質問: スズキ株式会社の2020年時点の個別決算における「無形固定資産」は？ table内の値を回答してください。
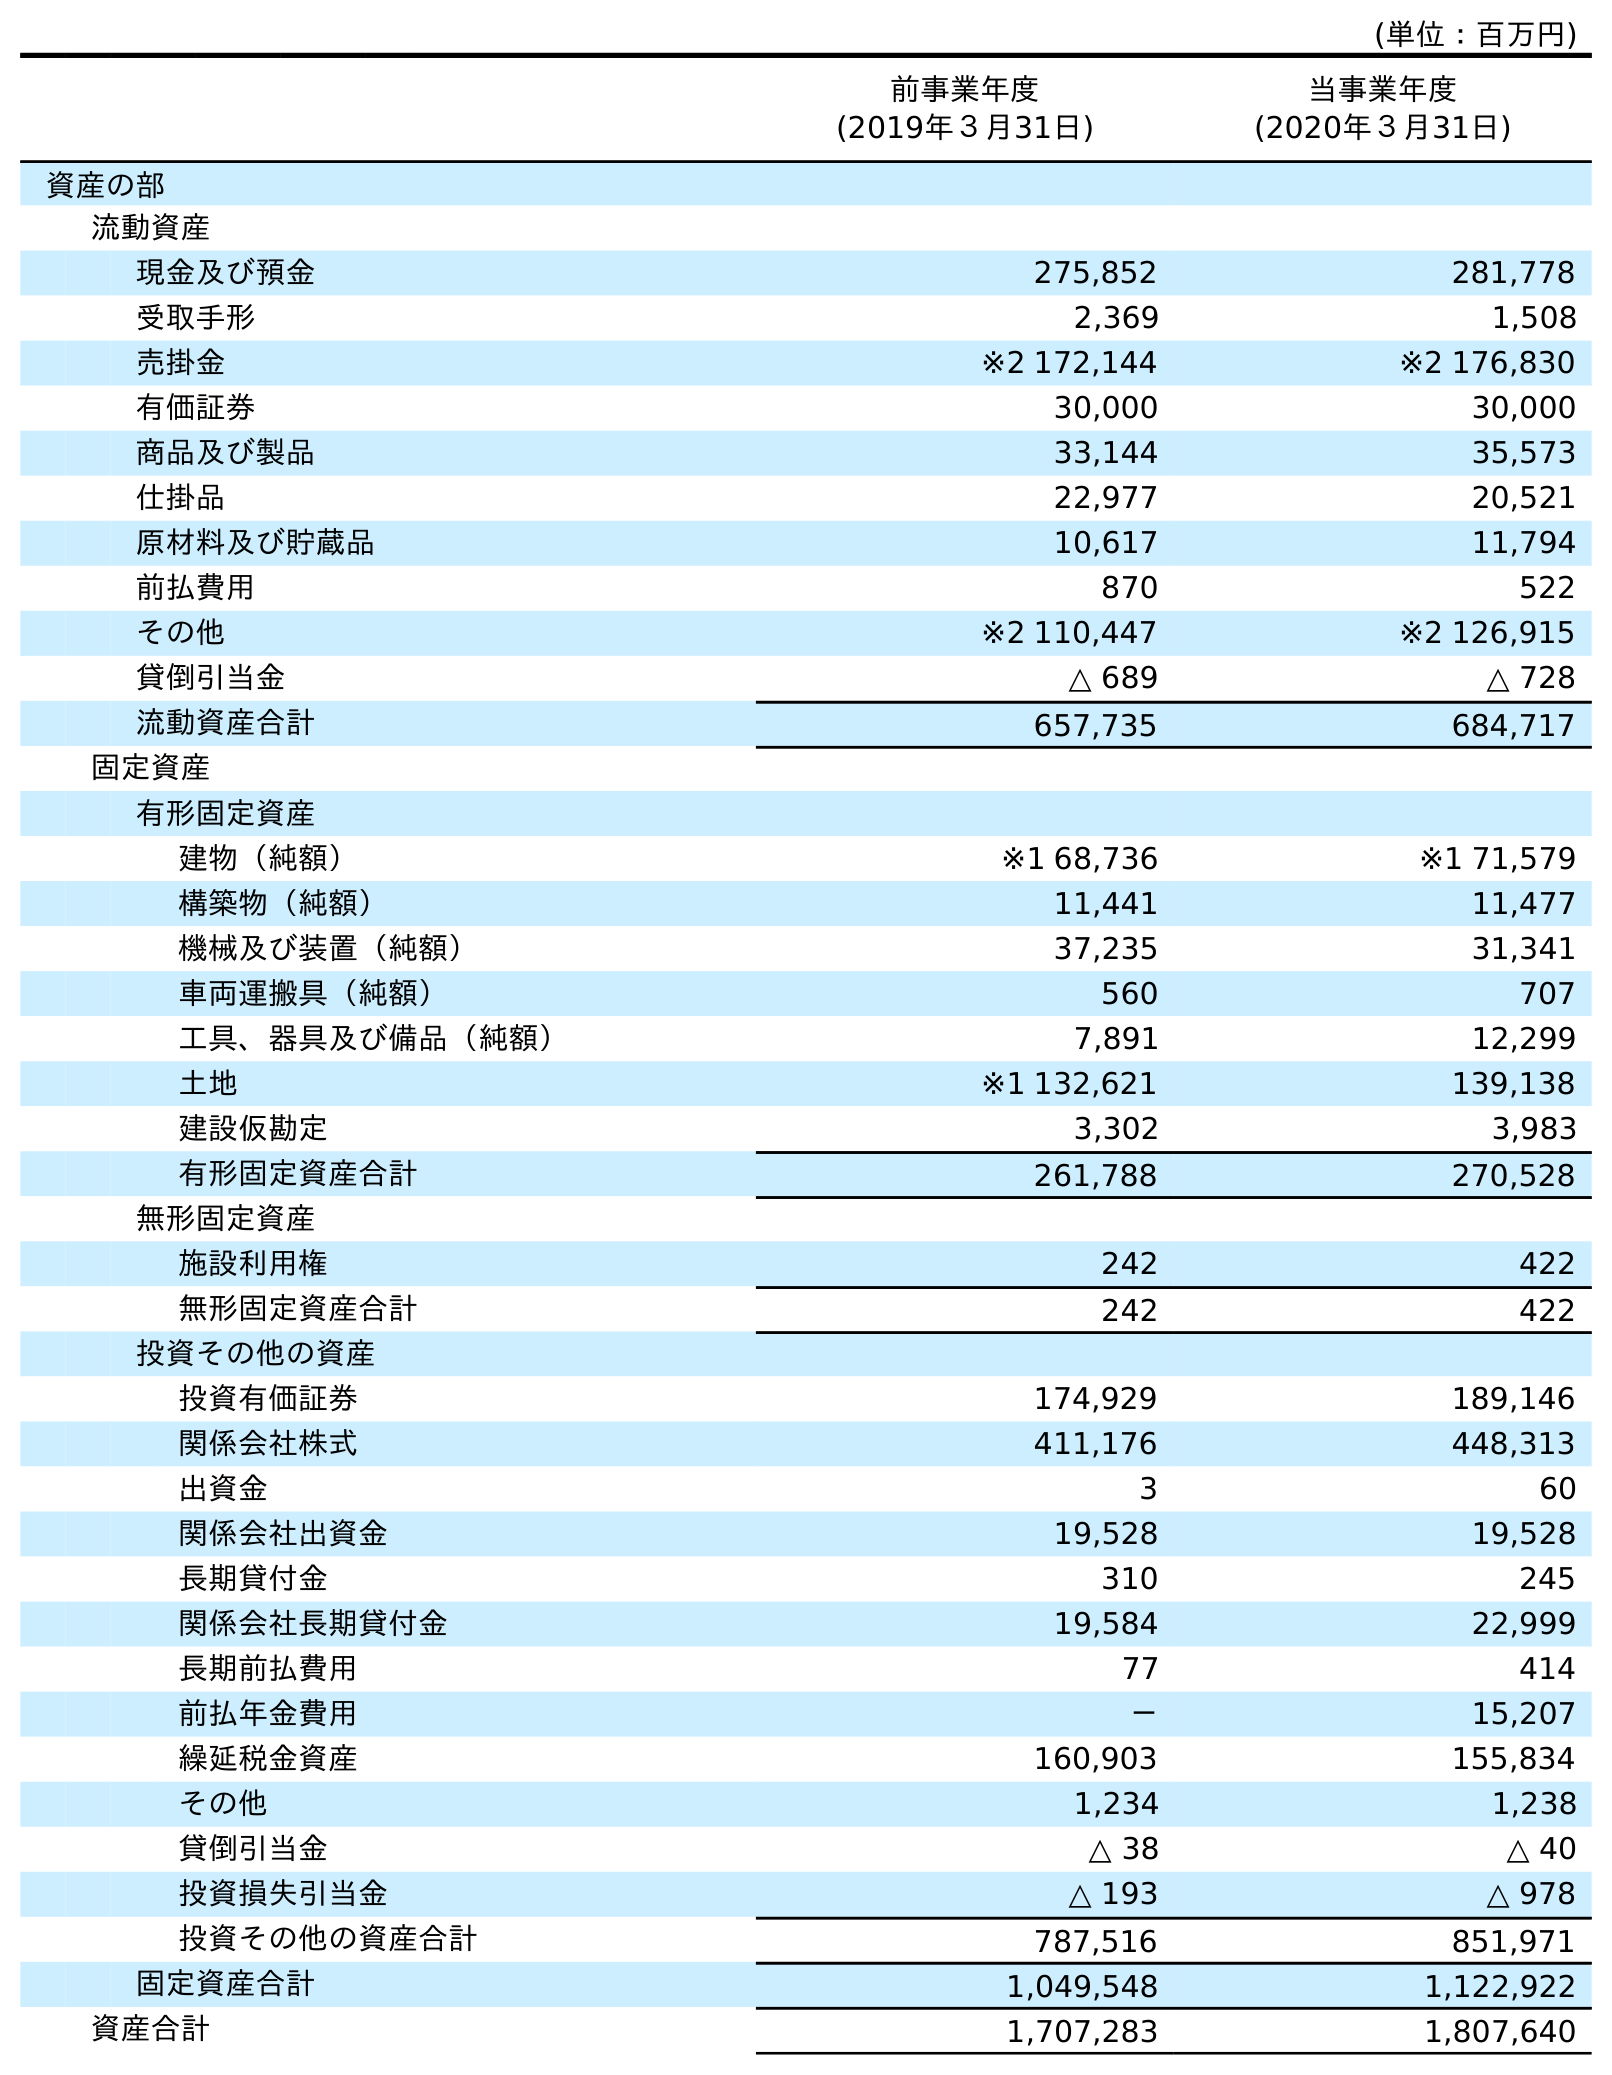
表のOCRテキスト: (単位：百万円) 前事業年度 (2019年３月31日) 当事業年度 (2020年３月31日) 資産の部 流動資産 現金及び預金 275,852 281,778 受取手形 2,369 1,508 売掛金 ※2 172,144 ※2 176,830 有価証券 30,000 30,000 商品及び製品 33,144 35,573 仕掛品 22,977 20,521 原材料及び貯蔵品 10,617 11,794 前払費用 870 522 その他 ※2 110,447 ※2 126,915 貸倒引当金 △ 689 △ 728 流動資産合計 657,735 684,717 固定資産 有形固定資産 建物（純額） ※1 68,736 ※1 71,579 構築物（純額） 11,441 11,477 機械及び装置（純額） 37,235 31,341 車両運搬具（純額） 560 707 工具、器具及び備品（純額） 7,891 12,299 土地 ※1 132,621 139,138 建設仮勘定 3,302 3,983 有形固定資産合計 261,788 270,528 無形固定資産 施設利用権 242 422 無形固定資産合計 242 422 投資その他の資産 投資有価証券 174,929 189,146 関係会社株式 411,176 448,313 出資金 3 60 関係会社出資金 19,528 19,528 長期貸付金 310 245 関係会社長期貸付金 19,584 22,999 長期前払費用 77 414 前払年金費用 － 15,207 繰延税金資産 160,903 155,834 その他 1,234 1,238 貸倒引当金 △ 38 △ 40 投資損失引当金 △ 193 △ 978 投資その他の資産合計 787,516 851,971 固定資産合計 1,049,548 1,122,922 資産合計 1,707,283 1,807,640
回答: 422